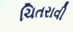
ચિતરાવી